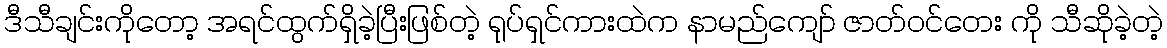
ဒီသီချင်းကိုတော့ အရင်ထွက်ရှိခဲ့ပြီးဖြစ်တဲ့ ရုပ်ရှင်ကားထဲက နာမည်ကျော် ဇာတ်ဝင်တေး ကို သီဆိုခဲ့တဲ့